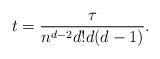
LaTeX: \begin{align*} t=\frac{\tau}{n^{d-2}d!d(d-1)}.\end{align*}